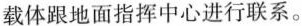
载体跟地面指挥中心进行联系。